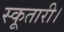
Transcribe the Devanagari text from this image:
स्कूतारी।